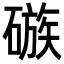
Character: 䃚